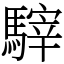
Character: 䮨